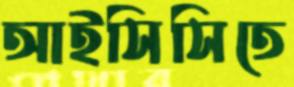
আইসিসিতে